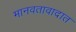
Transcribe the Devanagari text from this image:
मानवतावादात